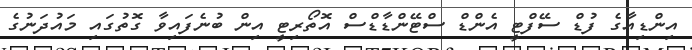
އިންޑިއާގެ ފުޑް ސޭފްޓީ އެންޑް ސްޓޭންޑާޑްސް އޮތޯރިޓީ އިން ބުނެފައިވާ ގޮތުގައި މައުދަނުގެ